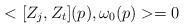
LaTeX: \begin{align*} <[Z_j, Z_t](p), \omega_0(p)>=0\end{align*}